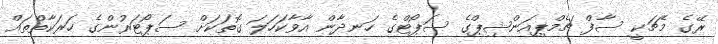
ރޭގެ މެޗަކީ ސާފް ޗެމްޕިއަންޝިޕްގެ ސަޕޯޓްގެ ހަނދާން އާވާކަހަލަ ގޮތަކަށް ސަޕޯޓަރުންގެ ހަރަކާތްތައް